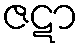
ဇဋာ